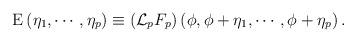
LaTeX: \begin{align*}{\rm E} \left( \eta_1, \cdots, \eta_p \right) \equiv\left( {\cal L}_p F_p \right) \left( \phi, \phi + \eta_1,\cdots, \phi + \eta_p \right) .\end{align*}